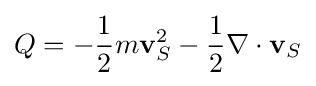
Q=-{\frac {1}{2}}m\mathbf {v} _{S}^{2}-{\frac {1}{2}}\nabla \cdot \mathbf {v} _{S}